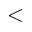
<